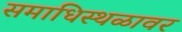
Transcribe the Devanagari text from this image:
समाधिस्थळावर